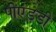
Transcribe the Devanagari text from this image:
पीएंडडी